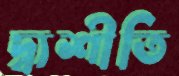
দ্ব্যশীতি